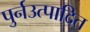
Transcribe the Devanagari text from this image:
पुर्नउत्पादित